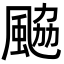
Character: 䬅